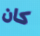
كان